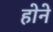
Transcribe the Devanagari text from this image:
हाेने